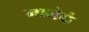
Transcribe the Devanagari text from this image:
मामेकं